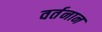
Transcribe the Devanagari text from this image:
वर्तनान